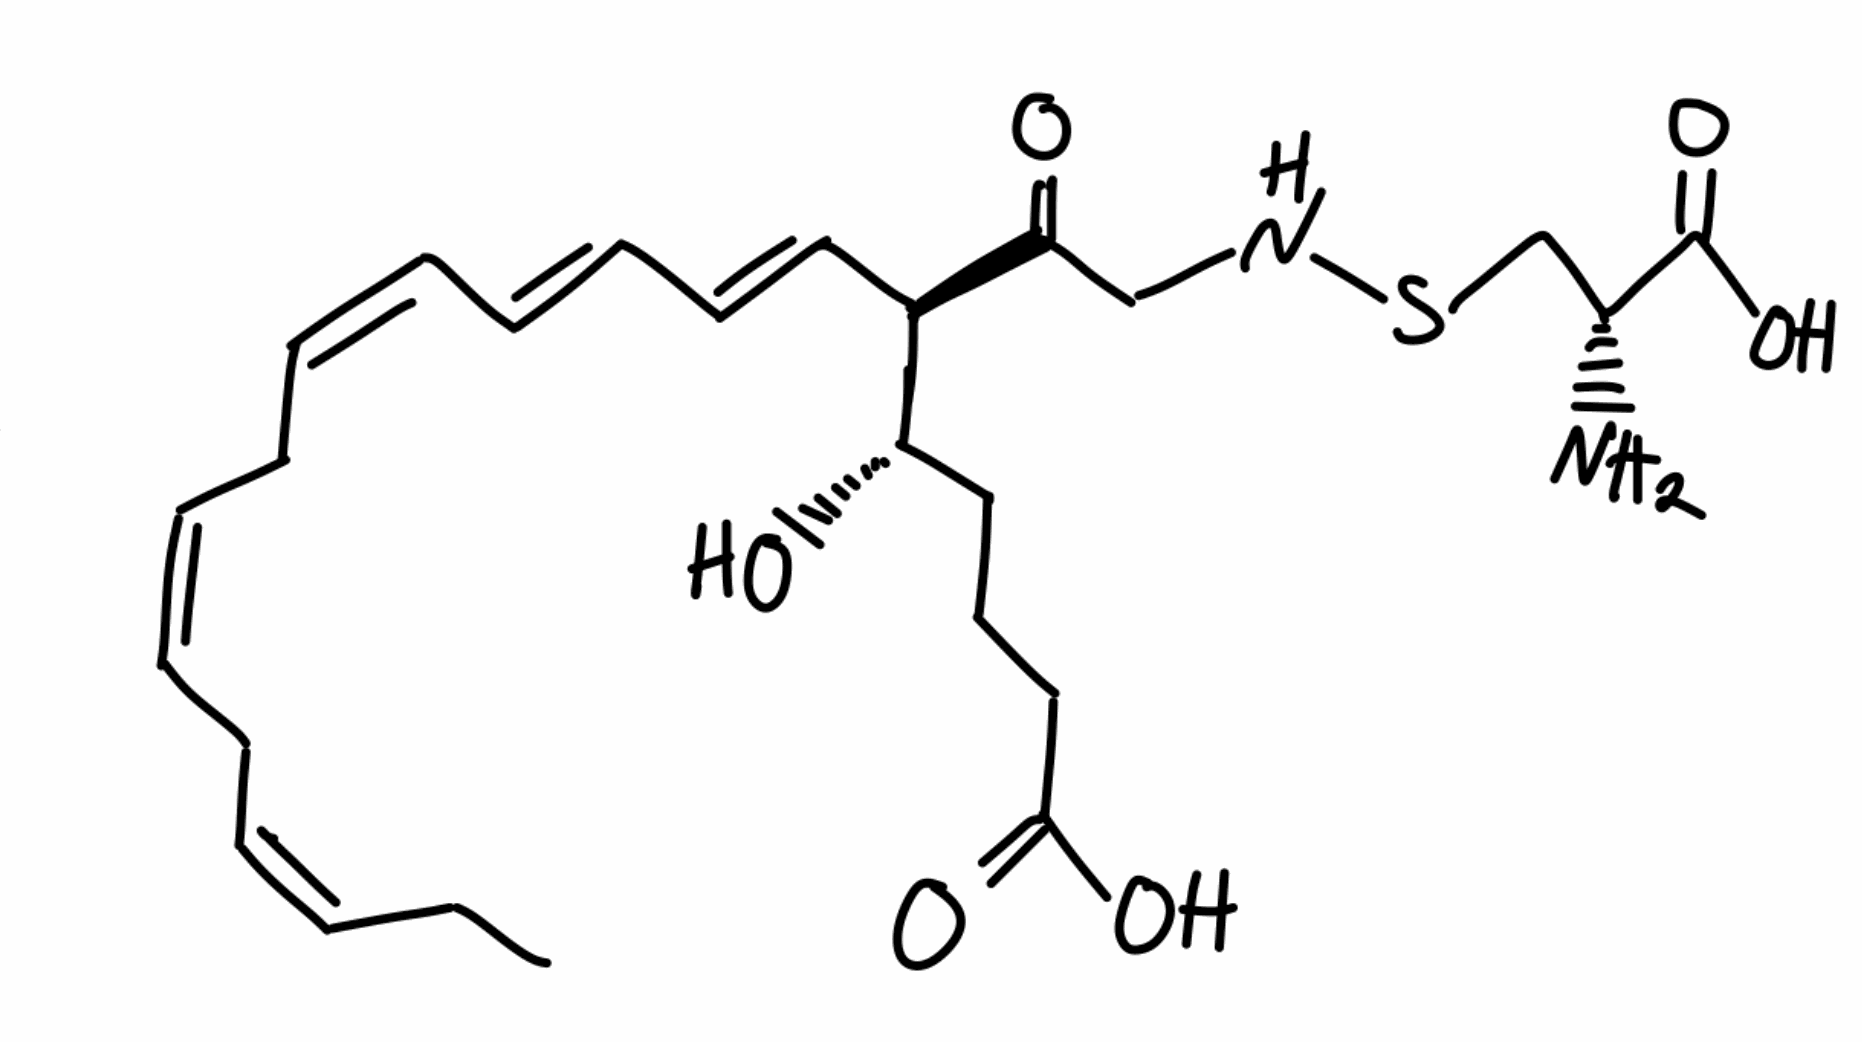
Simplified molecular-input line-entry system (SMILES) notation of the given molecule:
CC/C=C\C/C=C\C/C=C\C=C\C=C\[C@H]([C@H](CCCC(=O)O)O)C(=O)CNSC[C@H](C(=O)O)N